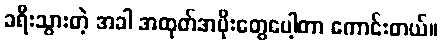
ခရီးသွားတဲ့ အခါ အထုတ်အပိုးတွေပေါ့တာ ကောင်းတယ်။